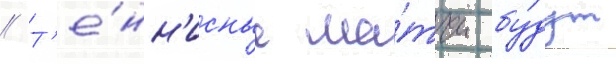
// Т'е́нн'исные ма́тчи бу́дут